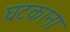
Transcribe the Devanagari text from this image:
घटकाना